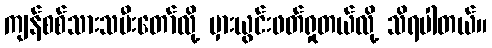
ကျန်စစ်သားသမီးတော်လို့ မှားယွင်းဖတ်ရှုတယ်လို့ သိရပါတယ်။